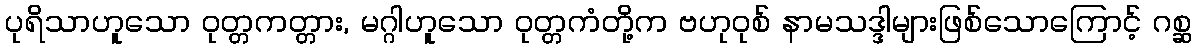
ပုရိသာဟူသော ဝုတ္တကတ္တား, မဂ္ဂါဟူသော ဝုတ္တကံတို့က ဗဟုဝုစ် နာမသဒ္ဒါများဖြစ်သောကြောင့် ဂစ္ဆ